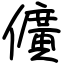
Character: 儣